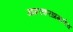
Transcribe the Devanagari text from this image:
आगरकरांप्रमाणेच